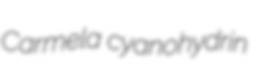
Carmela cyanohydrin